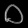
Digit: ၀